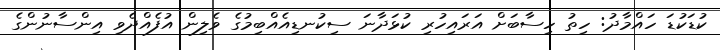
ކުޑަކުޑަ ހައްމާދު: ހިތު ހިސާބަށް އަރައިހުރި ކުޅަދާނަ ސިކުނޑިއެއްބިމުގެ ވެލިން އުފެއްދެވި އިންސާނުންގެ